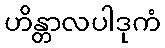
ဟိန္တာလပါဒုကံ